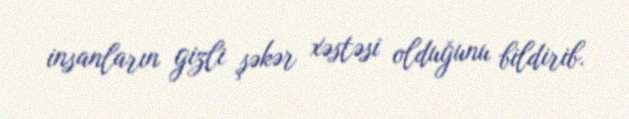
insanların gizli şəkər xəstəsi olduğunu bildirib.